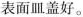
表面皿盖好。